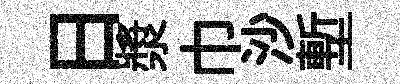
日漿巾沙塹